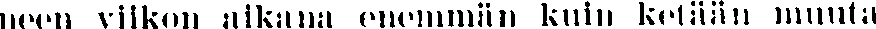
neen viikon aikana enemmän kuin ketään muuta